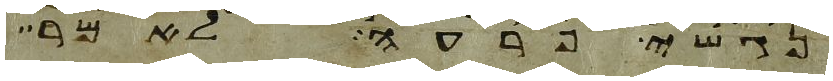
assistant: נגשי פרעה לאמר